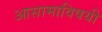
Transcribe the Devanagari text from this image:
आसामाविषयी